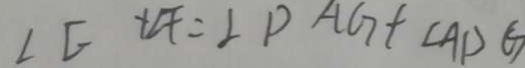
\angle E + \angle F = \angle P A G + \angle A D G